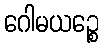
ဂေါမယဉ္စေ